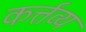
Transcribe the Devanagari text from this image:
कर्त्तव्‍य